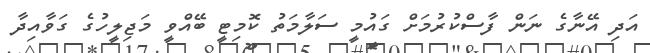
އަދި އޭނާގެ ނަން ފާސްކުރުމަށް ގައުމީ ސަލާމަތު ކޮމިޓީ ބޭއްވީ މަޖިލީހުގެ ގަވާއިދާ